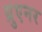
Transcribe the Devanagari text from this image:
ग्रुएनर